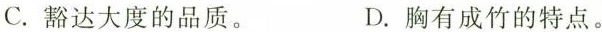
C.豁达大度的品质。 D.胸有成竹的特点。